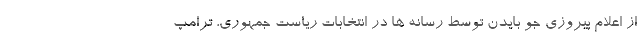
از اعلام پیروزی جو بایدن توسط رسانه ها در انتخابات ریاست جمهوری، ترامپ